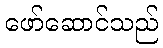
ဖော်ဆောင်သည်